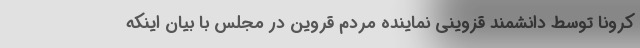
کرونا توسط دانشمند قزوینی نماینده مردم قروین در مجلس با بیان اینکه